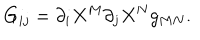
G _ { i j } = { \partial _ { i } } X ^ { M } { \partial _ { j } } X ^ { N } g _ { M N } .